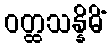
ဝတ္ထသန္နိဓိံ